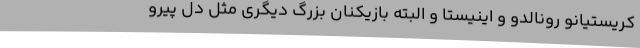
کریستیانو رونالدو و اینیستا و البته بازیکنان بزرگ دیگری مثل دل پیرو